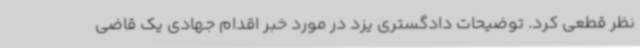
نظر قطعی کرد. توضیحات دادگستری یزد در مورد خبر اقدام جهادی یک قاضی